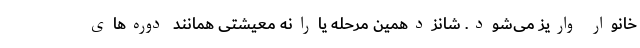
خانوار واریز می‌شود. شانزدهمین مرحله یارانه معیشتی همانند دوره‌های